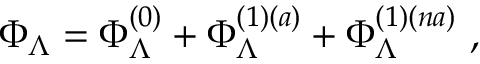
\Phi _ { \Lambda } = \Phi _ { \Lambda } ^ { ( 0 ) } + \Phi _ { \Lambda } ^ { ( 1 ) ( a ) } + \Phi _ { \Lambda } ^ { ( 1 ) ( n a ) } ~ ,